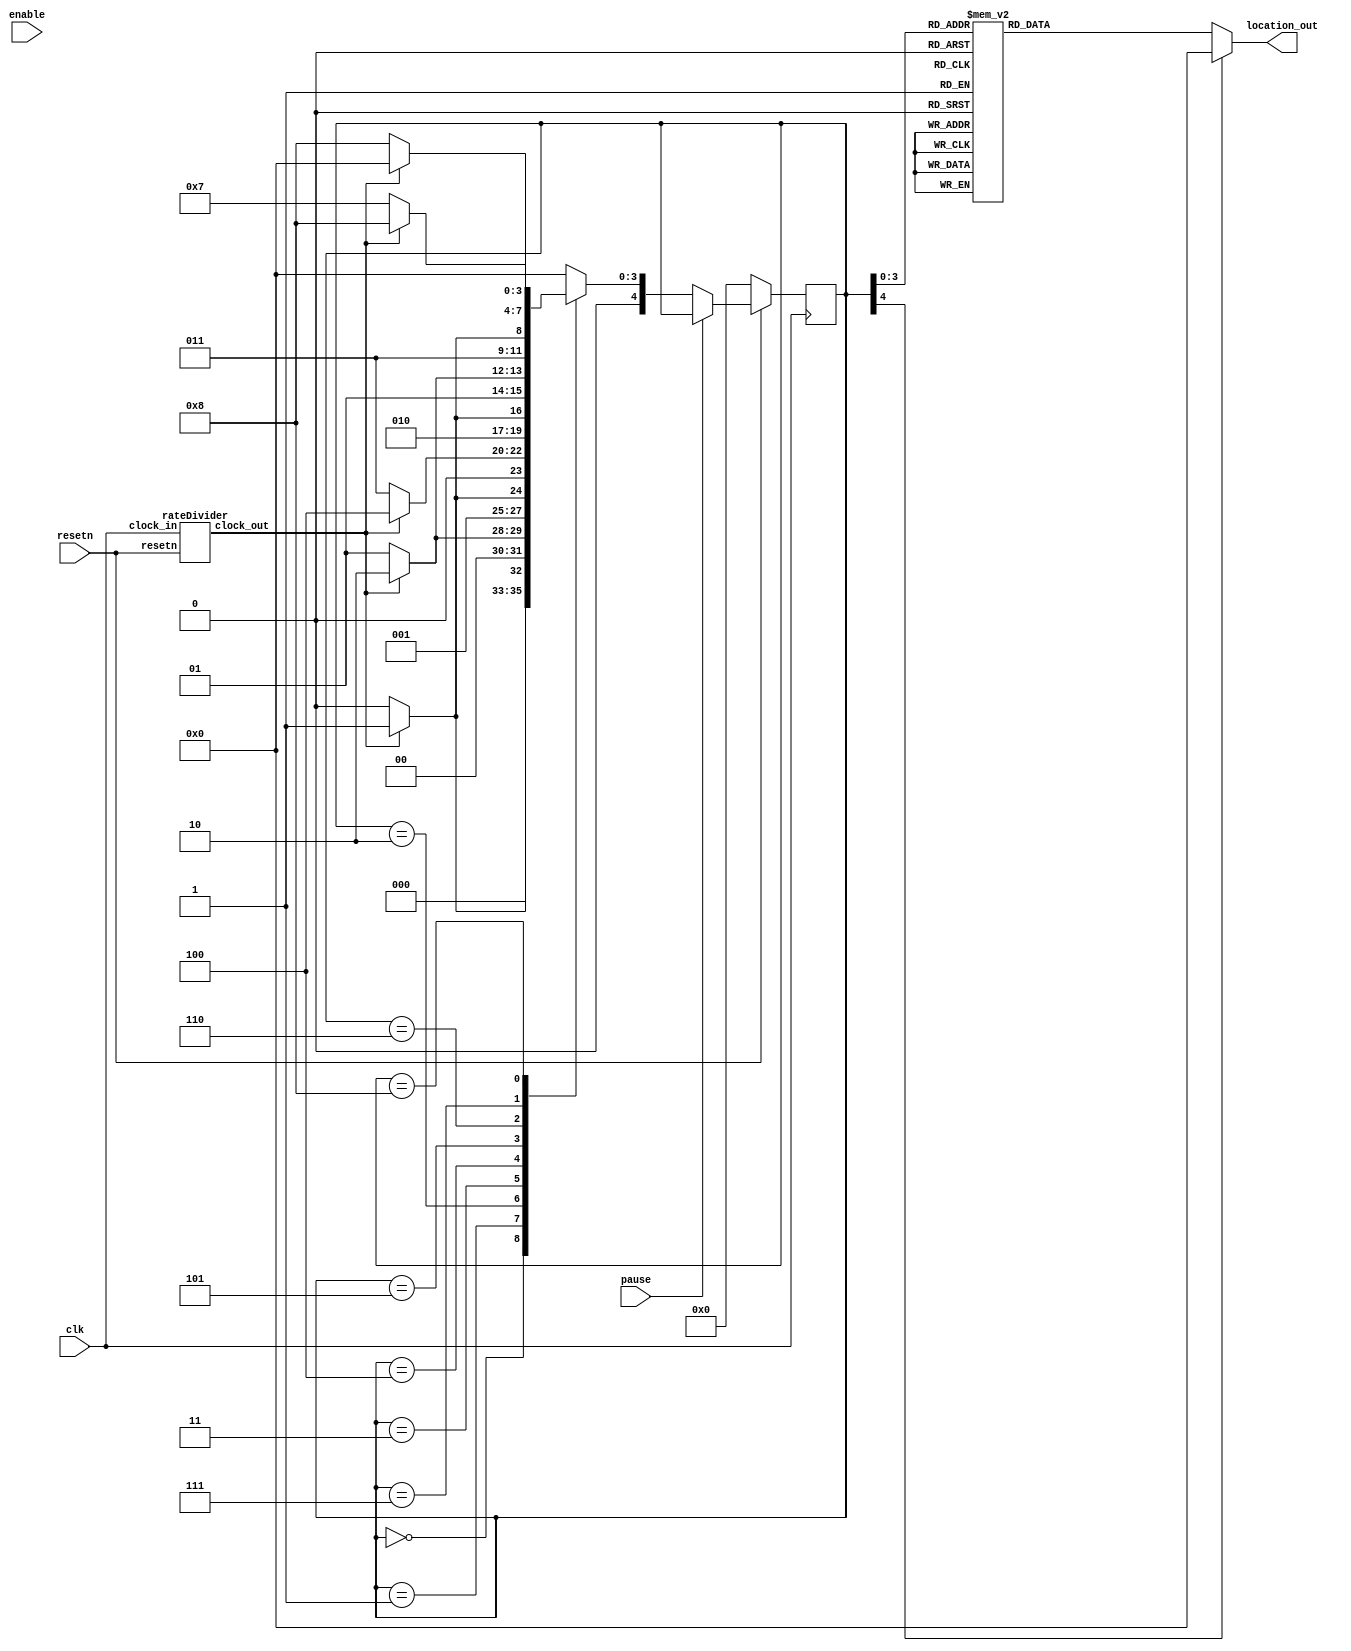
module tileSelect(clk, resetn, enable, pause, location_out);
	input 			clk, resetn, enable, pause;
	output reg	[3:0]	location_out;
	reg		[4:0]	current_state, next_state;
	wire			rate_out;

	rateDivider r0(clk, resetn, rate_out);

	localparam	TILE_0	= 4'd0,
			TILE_1	= 4'd1,
			TILE_2	= 4'd2,
			TILE_3	= 4'd3,
			TILE_4	= 4'd4,
			TILE_5	= 4'd5,
			TILE_6	= 4'd6,
			TILE_7	= 4'd7,	
			TILE_8	= 4'd8;

	always@(*)
	begin: state_table
		case (current_state)
			TILE_0:	next_state = rate_out ? TILE_1 : TILE_0;
			TILE_1:	next_state = rate_out ? TILE_2 : TILE_1;
			TILE_2:	next_state = rate_out ? TILE_3 : TILE_2;
			TILE_3:	next_state = rate_out ? TILE_4 : TILE_3;
			TILE_4:	next_state = rate_out ? TILE_5 : TILE_4;
			TILE_5:	next_state = rate_out ? TILE_6 : TILE_5;
			TILE_6:	next_state = rate_out ? TILE_7 : TILE_6;
			TILE_7:	next_state = rate_out ? TILE_8 : TILE_7;
			TILE_8: next_state = rate_out ? TILE_0 : TILE_8;
			default: next_state = TILE_0;
		endcase
	end

	always@(*)
	begin: enable_signals
		location_out = 4'd0;
		case(current_state)
			TILE_0: location_out = 4'd0;
			TILE_1: location_out = 4'd1;
			TILE_2: location_out = 4'd2;
			TILE_3: location_out = 4'd3;
			TILE_4: location_out = 4'd4;
			TILE_5: location_out = 4'd5;
			TILE_6: location_out = 4'd6;
			TILE_7: location_out = 4'd7;
			TILE_8: location_out = 4'd8;
			default: location_out = 4'd0;
		endcase
	end

    	always@(posedge clk)
    	begin: state_FFs
        	if(!resetn)
            		current_state <= TILE_0;
		else if (pause)
			current_state <= current_state;
        	else
            		current_state <= next_state;
    	end

endmodule

module rateDivider(clock_in, resetn, clock_out);
	input		clock_in, resetn;
	output		clock_out;
	reg	[6:0]	count;

	always @(posedge clock_in)
	begin
		if(resetn == 1'b0)
			count <= 0;
		else if (count == 0)
			count <= 7'd100;
		else
			count <= count - 1'b1;
	end
	
	assign clock_out = ~|count[7:0];

endmodule